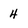
Character: 4